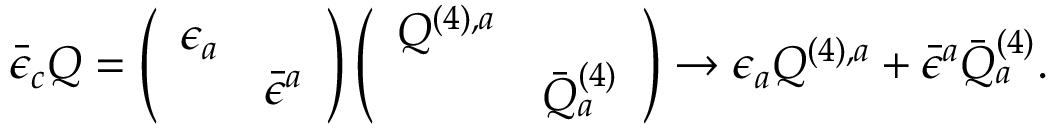
\bar { \epsilon } _ { c } { \cal Q } = \left( \begin{array} { c c } { { \epsilon _ { a } } } & { { } } \\ { { } } & { { \bar { \epsilon } ^ { a } } } \end{array} \right) \left( \begin{array} { c c } { { { \cal Q } ^ { ( 4 ) , a } } } & { { } } \\ { { } } & { { \bar { { \cal Q } } _ { a } ^ { ( 4 ) } } } \end{array} \right) \rightarrow \epsilon _ { a } { \cal Q } ^ { ( 4 ) , a } + \bar { \epsilon } ^ { a } \bar { { \cal Q } } _ { a } ^ { ( 4 ) } .